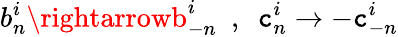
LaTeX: b_{n}^{i}\rightarrowb_{-n}^{i}\ \ ,\ \ \mathtt{c}_{n}^{i}\rightarrow-\mathtt{c}_{-n}^{i}